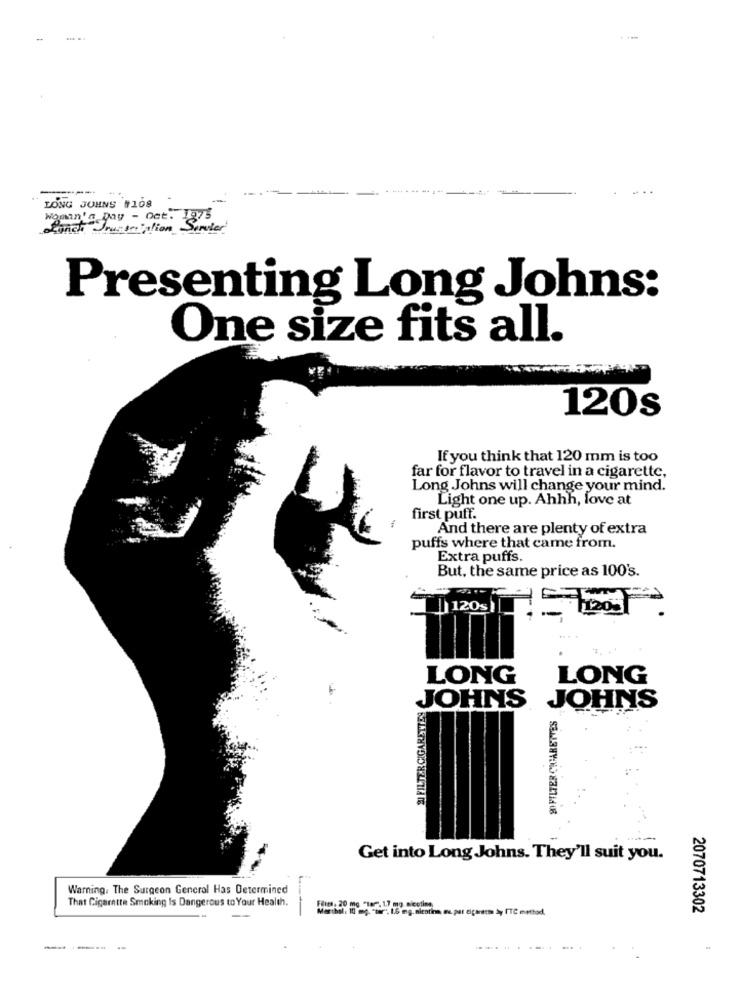
LONG JOHNS #108
Woman's Day - Oct. 1875
Lanche Joursmalion Sorter
Presenting Long Johns:
One size fits all.
120s
If you think that 120 mm is too
far for flavor to travel in a cigarette,
Long Johns will change your mind.
Light one up. Ahhh, love at
first puff.
And there are plenty of extra
puffs where that came from.
Extra puffs.
But, the same price as 100's.
120s
-
ZU FILTER CIGARETTES
LONG
LONG
JOHNS JOHNS
20 FILTER CHIARETTES
Get into Long Johns. They'll suit you.
Warning. The Surgeon General Has Determined
That Cigarette Smoking Is Dangerous to Your Health.
me. par cigarscss ly ITC method.
2070713302
------
1